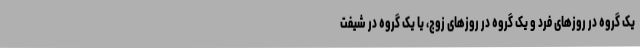
یک گروه در روزهای فرد و یک گروه در روزهای زوج، یا یک گروه در شیفت